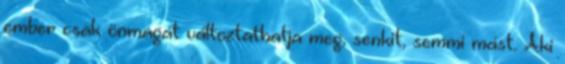
ember csak önmagát változtathatja meg, senkit, semmi mást. Aki